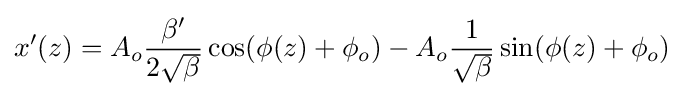
x'(z)=A_{o}{\frac {\beta '}{2{\sqrt {\beta }}}}\cos(\phi (z)+\phi _{o})-A_{o}{\frac {1}{\sqrt {\beta }}}\sin(\phi (z)+\phi _{o})